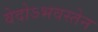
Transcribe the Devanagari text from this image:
वेदोऽभवस्तेन